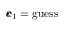
{ \pmb { c } } _ { 1 } = \mathrm { g u e s s }